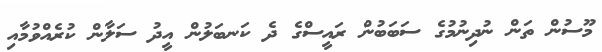
މޫސުން ތަން ނުދިނުމުގެ ސަބަބުން ރައީސްގެ ދެ ކަނބަލުން އީދު ސަލާން ކުރެއްވުމާއި